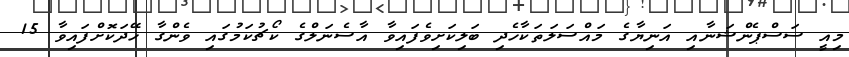
މިއީ ސަސްޕެންޝަނާއި އަނިޔާގެ މައްސަލަތަކާހެދި ބަލިކަށިވެފައިވާ އާސެނަލްގެ ކޯޗުކަމުގައި ވެންގާ ހޭދަކޮށްފައިވާ 15